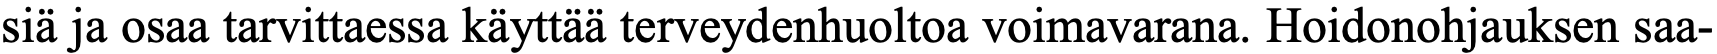
siä ja osaa tarvittaessa käyttää terveydenhuoltoa voimavarana. Hoidonohjauksen saa-